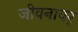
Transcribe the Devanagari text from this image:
जीवनावर्